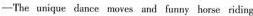
—The unique dance moves and funny horse riding